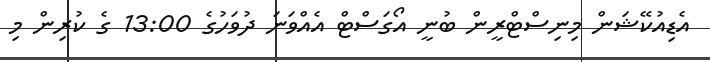
އެޑިއުކޭޝަން މިނިސްޓްރީން ބުނީ އޯގަސްޓް އެއްވަނަ ދުވަހުގެ 13:00 ގެ ކުރިން މި